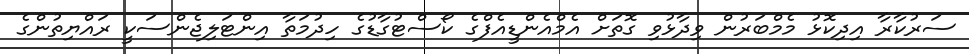
ސަރުކާރާ އިދިކޮޅު މެމްބަރުން ވިދާޅުވި ގޮތަށް އެމްއެންޑީއެފްގެ ކޯސްޓުގާޑުގެ ހިދުމަތާ އިންޓަލިޖެންސަކީ ރައްޔިތުންގެ